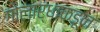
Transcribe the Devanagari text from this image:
गोलार्धाकडून